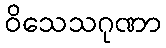
ဝိသေသဂုဏာ